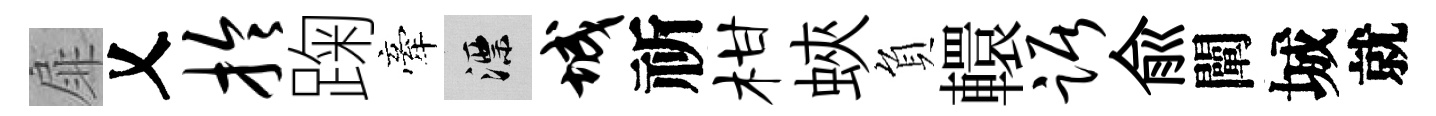
扉乂拎踘牽漂城祈柑蛺負轘踞兪闡城就